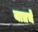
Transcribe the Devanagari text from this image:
यात्रचे